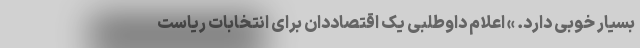
بسیار خوبی دارد. » اعلام داوطلبی یک اقتصاددان برای انتخابات ریاست